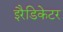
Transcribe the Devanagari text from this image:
इरैडिकेटर